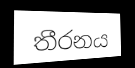
තීරනය